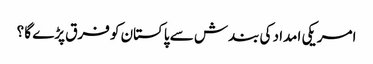
امریکی امداد کی بندش سے پاکستان کو فرق پڑے گا ؟